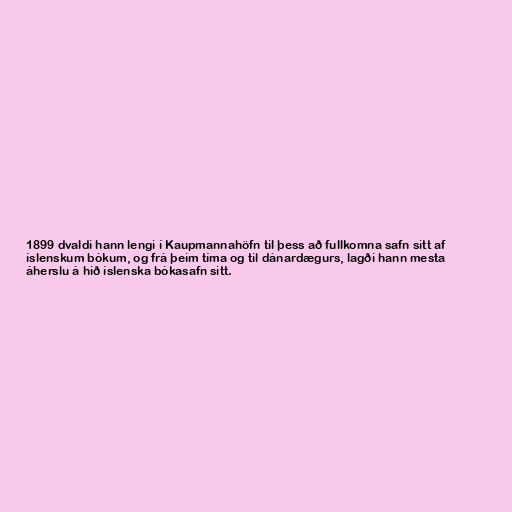
1899 dvaldi hann lengi í Kaupmannahöfn til þess að fullkomna safn sitt af
íslenskum bókum, og frá þeim tíma og til dánardægurs, lagði hann mesta
áherslu á hið íslenska bókasafn sitt.